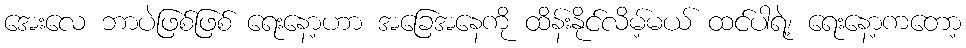
အေးလေ ဘာပဲဖြစ်ဖြစ် ရေးနော့ဟာ အခြေအနေကို ထိန်းနိုင်လိမ့်မယ် ထင်ပါရဲ့၊ ရေးနော့ကတော့